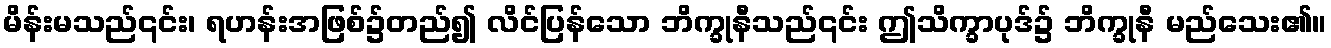
မိန်းမသည်၎င်း၊ ရဟန်းအဖြစ်၌တည်၍ လိင်ပြန်သော ဘိက္ခုနီသည်၎င်း ဤသိက္ခာပုဒ်၌ ဘိက္ခုနီ မည်သေး၏။